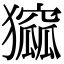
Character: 㺠